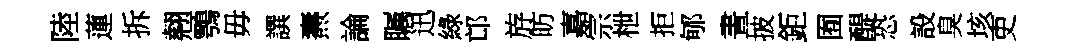
陸蓮拆翹鶚毋譔燾論瞩迅綠邙斿昉嘉宗枻拒郇晝披鉅囿醍恐設臭垓吏